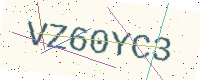
Text: VZ60YC3